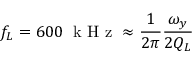
f _ { L } = 6 0 0 \; \mathrm { ~ k ~ H ~ z ~ } \approx \frac { 1 } { 2 \pi } \frac { \omega _ { y } } { 2 Q _ { L } }